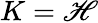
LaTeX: K=\mathscr{H}